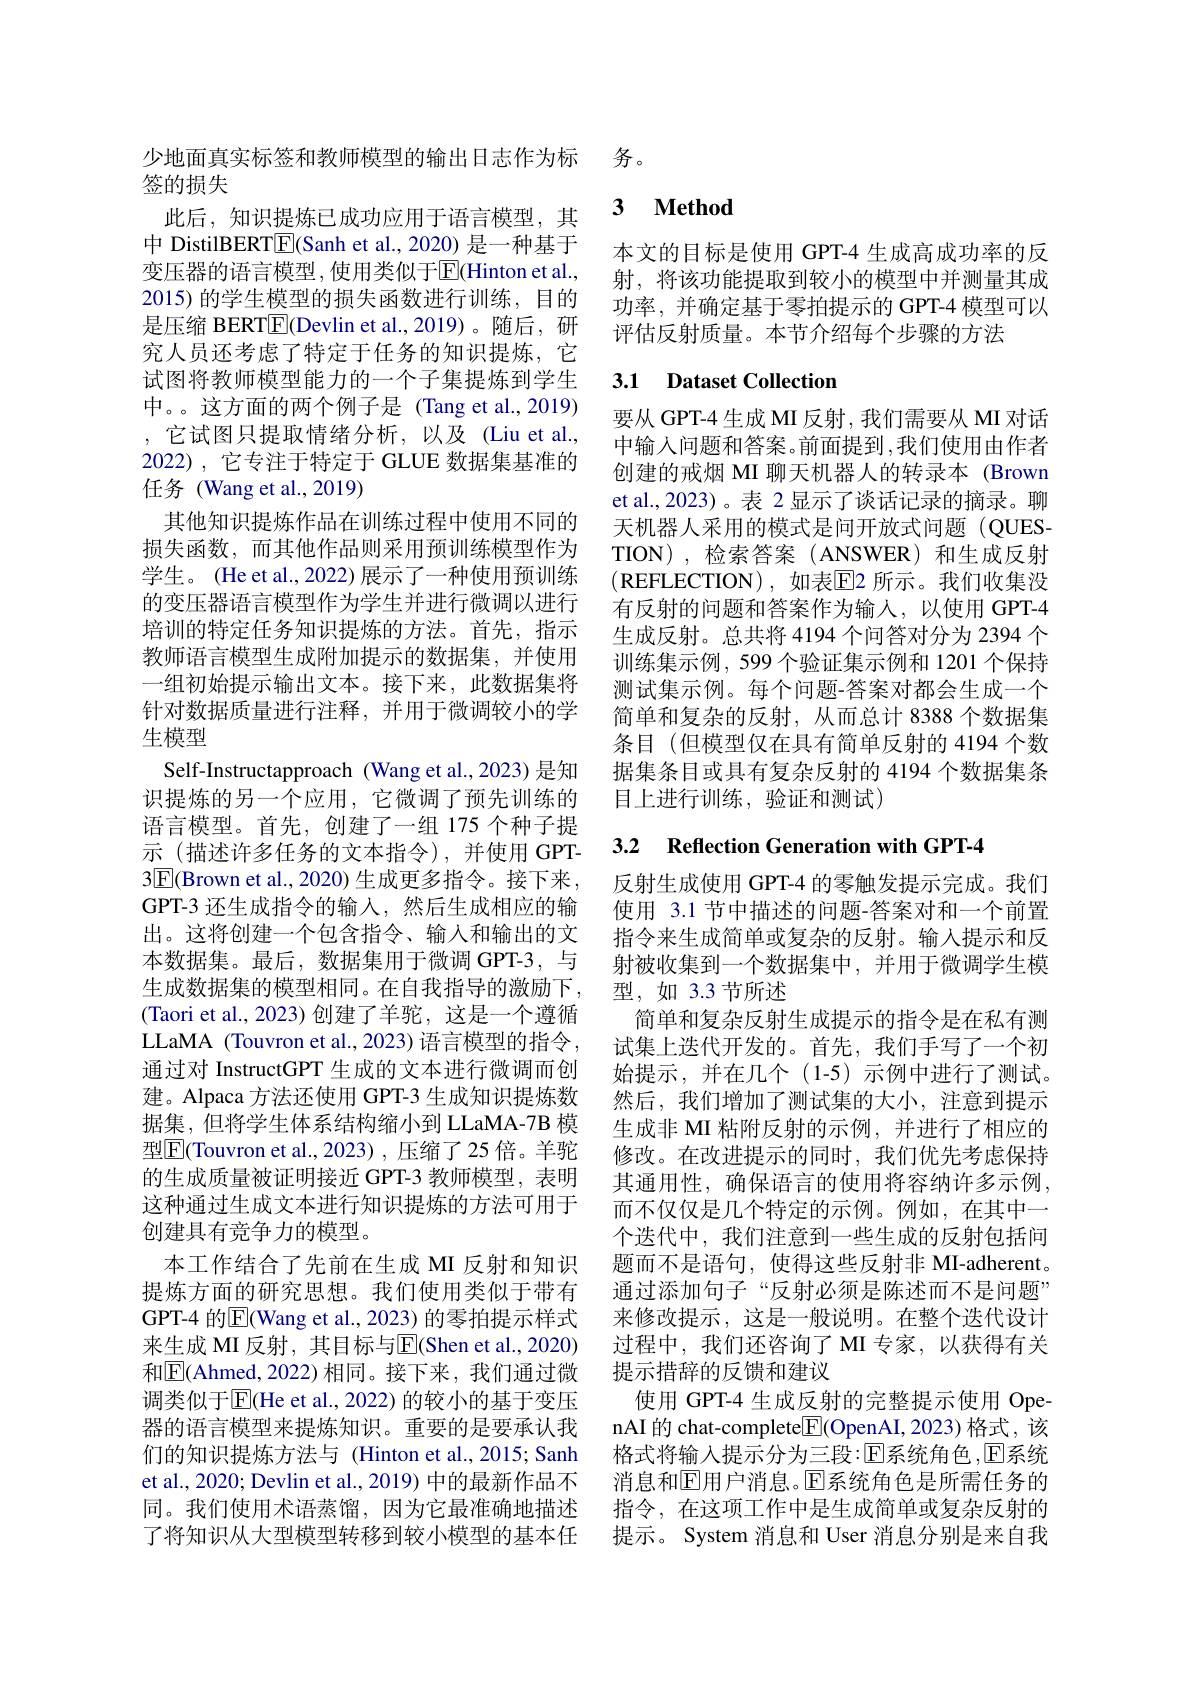
少地面真实标签和教师模型的输出日志作为标 务。
签的损失
此后，知识提炼已成功应用于语言模型，其中 DistilBERT$\boxed{\mathrm{E}}$(Sanh et al., 2020) 是一种基于变压器的语言模型，使用类似于$\overline{\mathrm{E}}($Hinton et al., 2015) 的学生模型的损失函数进行训练，目的是压缩 BERT$\underline{\mathrm{E}}$(Devlin et al.,2019)。随后，研究人员还考虑了特定于任务的知识提炼，它试图将教师模型能力的一个子集提炼到学生中。。这方面的两个例子是 (Tang et al.,2019) ,它试图只提取情绪分析，以及(Liu et al., 2022),它专注于特定于 GLUE 数据集基准的任务 (Wang et al.,2019)
其他知识提炼作品在训练过程中使用不同的损失函数，而其他作品则采用预训练模型作为学生。(He et al., 2022) 展示了一种使用预训练的变压器语言模型作为学生并进行微调以进行培训的特定任务知识提炼的方法。首先，指示教师语言模型生成附加提示的数据集，并使用一组初始提示输出文本。接下来，此数据集将针对数据质量进行注释，并用于微调较小的学生模型
Self-Instructapproach (Wang et al.,2023) 是知识提炼的另一个应用，它微调了预先训练的语言模型。首先，创建了一组 175 个种子提示 (描述许多任务的文本指令),并使用 GPT- $3\boxed{\mathrm{F}}($Brown et al.,2020) 生成更多指令。接下来， GPT-3 还生成指令的输入，然后生成相应的输出。这将创建一个包含指令、输入和输出的文本数据集。最后，数据集用于微调 GPT-3,与生成数据集的模型相同。在自我指导的激励下， (Taori et al., 2023)创建了羊驼，这是一个遵循LLaMA (Touvron et al., 2023) 语言模型的指令， 通过对 InstructGPT 生成的文本进行微调而创建。Alpaca 方法还使用 GPT-3 生成知识提炼数据集，但将学生体系结构缩小到 LLaMA-7B 模型E(Touvron et al.,2023),压缩了25倍。羊驼的生成质量被证明接近 GPT-3 教师模型，表明这种通过生成文本进行知识提炼的方法可用于创建具有竞争力的模型。
本工作结合了先前在生成 MI 反射和知识提炼方面的研究思想。我们使用类似于带有GPT-4 的$\overline{\mathrm{E}}($Wang et al., 2023) 的零拍提示样式来生成 MI 反射，其目标与$\overline{\mathrm{E}}($Shen et al.,2020) 和$\overline{\mathrm{E}}($Ahmed,2022)相同。接下来，我们通过微调类似于$\overline{\mathrm{E}}($He et al., 2022) 的较小的基于变压器的语言模型来提炼知识。重要的是要承认我们的知识提炼方法与 (Hinton et al.,2015; Sanh et al., 2020; Devlin et al., 2019) 中的最新作品不同。我们使用术语蒸馏，因为它最准确地描述了将知识从大型模型转移到较小模型的基本任

## 3 $\textbf{Method}$

本文的目标是使用 GPT-4 生成高成功率的反射，将该功能提取到较小的模型中并测量其成功率，并确定基于零拍提示的 GPT-4 模型可以评估反射质量。本节介绍每个步骤的方法

## 3.1 Dataset Collection

要从 GPT-4 生成 MI 反射，我们需要从 MI 对话中输人问题和答案。前面提到，我们使用由作者创建的戒烟 MII 聊天机器人的转录本 (Brown et al.,2023)。表 2 显示了谈话记录的摘录。聊天机器人采用的模式是问开放式问题(QUESTION),检索答案(ANSWER)和生成反射(REFLECTION),如表$\overline{\mathrm{E}}$2 所示。我们收集没有反射的问题和答案作为输入，以使用 GPT-4生成反射。总共将 4194 个问答对分为 2394 个训练集示例，599个验证集示例和 1201 个保持测试集示例。每个问题-答案对都会生成一个简单和复杂的反射，从而总计 8388 个数据集条目 (但模型仅在具有简单反射的 4194 个数据集条目或具有复杂反射的 4194 个数据集条目上进行训练，验证和测试)

3.2 Reflection Generation with GPT-4

反射生成使用 GPT-4 的零触发提示完成。我们使用 3.1 节中描述的问题-答案对和一个前置指令来生成简单或复杂的反射。输入提示和反射被收集到一个数据集中，并用于微调学生模型，如 3.3 节所述
简单和复杂反射生成提示的指令是在私有测试集上迭代开发的。首先，我们手写了一个初始提示，并在几个(1-5)示例中进行了测试。然后，我们增加了测试集的大小，注意到提示生成非 MI 粘附反射的示例，并进行了相应的修改。在改进提示的同时，我们优先考虑保持其通用性，确保语言的使用将容纳许多示例， 而不仅仅是几个特定的示例。例如，在其中一个迭代中，我们注意到一些生成的反射包括问题而不是语句，使得这些反射非 MI-adherent。通过添加句子“反射必须是陈述而不是问题” 来修改提示，这是一般说明。在整个迭代设计过程中，我们还咨询了MI专家，以获得有关提示措辞的反馈和建议
使用 GPT-4 生成反射的完整提示使用 OpenAI 的 chat-complete$[\mathbb{E}]($OpenAI,2023)格式，该格式将输入提示分为三段：$\mathbb{E}$系统角色，$\mathbb{E}$系统消息和$\overline{\mathrm{E}}$用户消息。$\mathbb{E}$系统角色是所需任务的指令，在这项工作中是生成简单或复杂反射的提示。System 消息和 User 消息分别是来自我